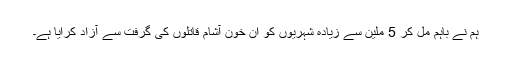
ہم نے باہم مل کر 5 ملین سے زیادہ شہریوں کو ان خون آشام قاتلوں کی گرفت سے آزاد کرایا ہے۔